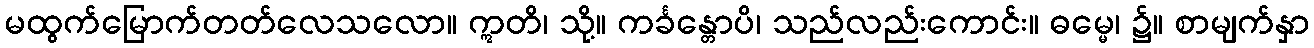
မထွက်မြောက်တတ်လေသလော။ ဣတိ၊ သို့။ ကင်္ခန္တောပိ၊ သည်လည်းကောင်း။ ဓမ္မေ၊ ၌။ စာမျက်နှာ